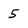
Character: 5